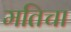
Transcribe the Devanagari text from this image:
मतिचा